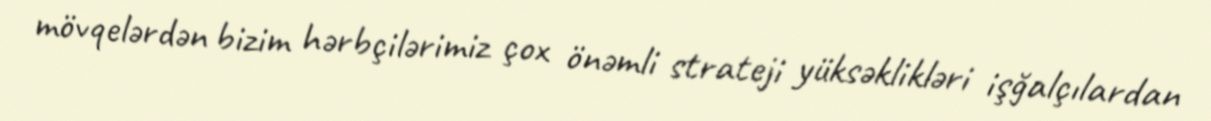
mövqelərdən bizim hərbçilərimiz çox önəmli strateji yüksəklikləri işğalçılardan